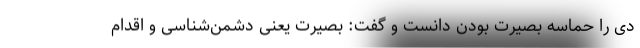
دی را حماسه بصیرت بودن دانست و گفت: بصیرت یعنی دشمن‌شناسی و اقدام